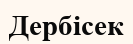
Дербісек